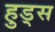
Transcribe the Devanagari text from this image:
हुड्स